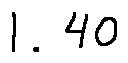
1 . 4 0